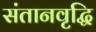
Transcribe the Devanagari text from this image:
संतानवृद्धि